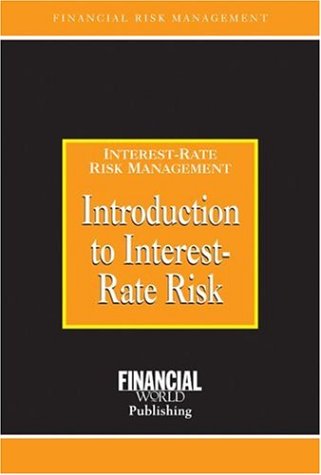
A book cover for Introduction to Interest-Rate Risk (Risk Management Series); Business & Money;